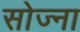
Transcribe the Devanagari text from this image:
सोज्ना